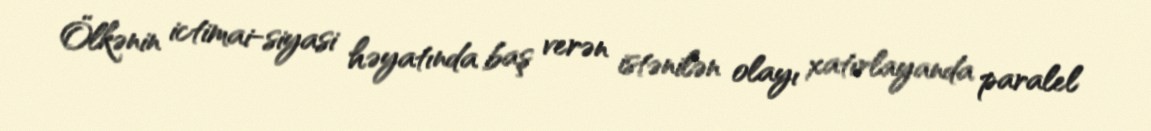
Ölkənin ictimai-siyasi həyatında baş verən istənilən olayı xatırlayanda paralel